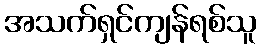
အသက်ရှင်ကျန်ရစ်သူ